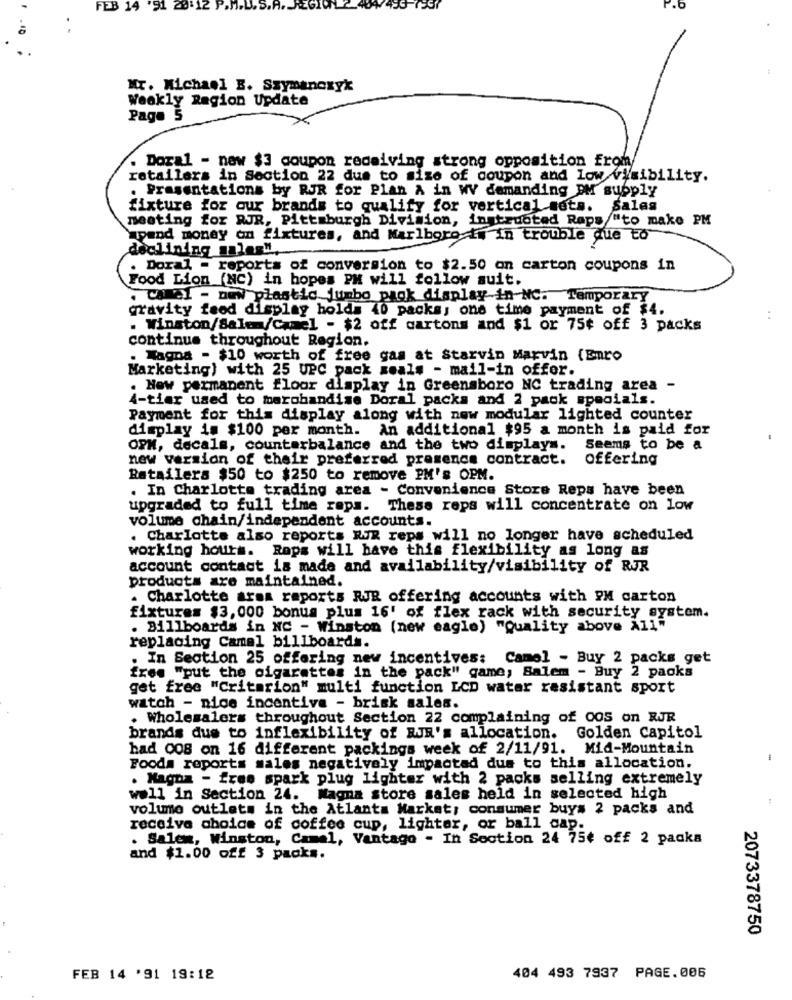
FEB 14
'91 29
P.b
Mr. Michael B. Szymanczyk
Weekly Region Update
Page 5
. Doral - new $3 coupon receiving strong opposition from
retailers in Section 22 due to size of coupon and low visibility.
. Presentations by RUR for Plan A in WV demanding DM supply
fixture for our brands to qualify for vertical sets. Salas
meeting for RJR, Pittsburgh Division, instructed Raps "to make PM
upand money on fixtures, and Marlboro is in trouble que to
declining malog".
. Doral - reports of conversion to $2.50 on carton coupons in
Food Lion (NC) in hopes PM will follow suit.
. Calel - new plastic jumbo pagk display-in-NC. Temporary
gravity feed display holds 40 packs, one time payment of $4.
..
. Winston/Salem/Camel - $2 off cartons and $1 or 75¢ off 3 packs
continue throughout Region.
. Magna - $10 worth of free gas at Starvin Marvin (Euro
Marketing) with 25 UPC pack zoals - mail-in offer.
. Now permanent floor display in Greensboro NC trading area -
4-tier used to marchandise Doral packs and 2 pack specials.
Payment for this display along with now modular lighted counter
display is $100 per month. An additional $95 a month is paid for
OPM, decals, counterbalance and the two displays. Seems to be a
new version of their preferred presence contract. offering
Retailers $50 to $250 to remove PM's OPM.
. In Charlotte trading area - Convenience Store Reps have been
upgraded to full time raps. These reps will concentrate on low
volume chain/independent accounts.
. Charlotte also reports WIR reps will no longer have scheduled
working hours. Raps will have this flexibility as long as
account contact is made and availability/visibility of RJR
products are maintained.
. Charlotte aras reports RJR offering accounts with PM carton
fixtures $3, 000 bonus plus 16' of flex rack with security system.
. Billboards in NC - Winston (new eagle) "Quality above All"
replacing Camel billboards.
. In Section 25 offering new incentives: Camel - Buy 2 packs get
free "put the cigarettes in the pack" game; Salem - Buy 2 packs
get free "Criterion" multi function LCD water resistant sport
watch - nice incentive - brisk sales.
. Wholesalers throughout Section 22 complaining of COS on RJR
brands due to inflexibility of RJR's allocation. Golden Capitol
bad 008 on 16 different packings week of 2/11/91. Mid-Mountain
Fooda reports males negatively impactad dus to this allocation.
. Magna - free spark plug lighter with 2 packs selling extremely
well in Section 24. Magna store sales held in selected high
volume outlets in the Atlanta Market, consumer buys 2 packs and
receive choice of coffee cup, lighter, or ball cap.
. Salen, Winston, Camel, Vantage - In Section 24 75€ off 2 packa
and $1.00 off 3 packs.
2073378750
FEB 14 '91 19:18
404 493 7937 PAGE.006